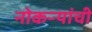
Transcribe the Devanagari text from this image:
नोकऱ्यांची